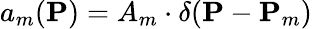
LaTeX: a_{m}({\mathbf P})=A_{m}\cdot\delta({\mathbf P}-{\mathbf P_{m}})